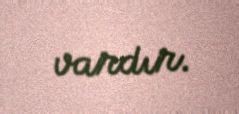
vardır.